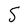
Character: 5